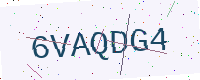
Text: 6VAQDG4